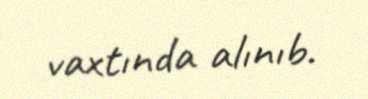
vaxtında alınıb.